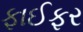
ફાઈફર